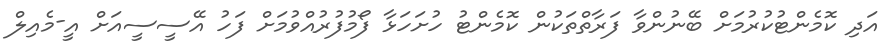
އަދި ކޮމެންޓުކުރުމަށް ބޭނުންވާ ފަރާތްތަކުން ކޮމެންޓު ހުށަހަޅާ ފޯމުފުރުއްވުމަށް ފަހު އޭސީސީއަށް އީ-މެއިލް